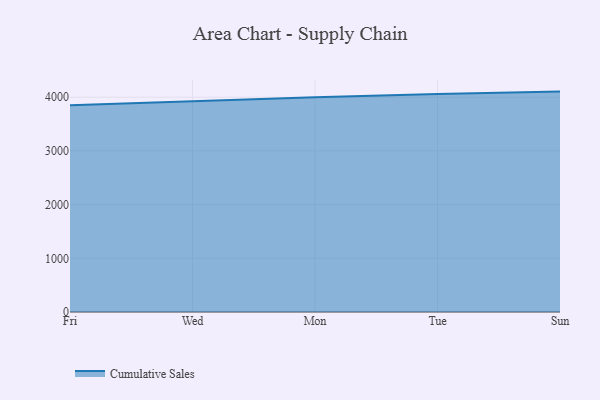
{"axis": {"x": "Day", "y": "Active Users"}, "legend": ["Cumulative Sales"], "data": [{"x": "Fri", "y": 3848.5, "type": "Cumulative Sales"}, {"x": "Wed", "y": 3924.8, "type": "Cumulative Sales"}, {"x": "Mon", "y": 3998.4, "type": "Cumulative Sales"}, {"x": "Tue", "y": 4059.8, "type": "Cumulative Sales"}, {"x": "Sun", "y": 4104.7, "type": "Cumulative Sales"}]}